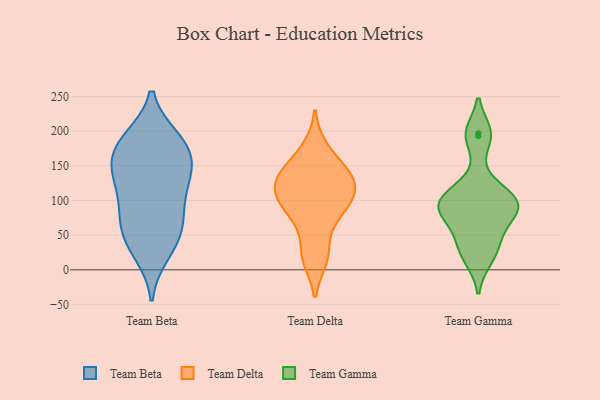
{"axis": {"x": "Inventory Turnover", "y": "Value"}, "legend": ["Team Beta", "Team Delta", "Team Gamma"], "data": [{"x": "", "y": 184, "type": "Team Beta"}, {"x": "", "y": 178, "type": "Team Beta"}, {"x": "", "y": 78, "type": "Team Beta"}, {"x": "", "y": 128, "type": "Team Beta"}, {"x": "", "y": 74, "type": "Team Beta"}, {"x": "", "y": 79, "type": "Team Beta"}, {"x": "", "y": 149, "type": "Team Beta"}, {"x": "", "y": 180, "type": "Team Beta"}, {"x": "", "y": 152, "type": "Team Beta"}, {"x": "", "y": 44, "type": "Team Beta"}, {"x": "", "y": 122, "type": "Team Beta"}, {"x": "", "y": 132, "type": "Team Beta"}, {"x": "", "y": 188, "type": "Team Beta"}, {"x": "", "y": 25, "type": "Team Beta"}, {"x": "", "y": 42, "type": "Team Beta"}, {"x": "", "y": 125, "type": "Team Delta"}, {"x": "", "y": 142, "type": "Team Delta"}, {"x": "", "y": 73, "type": "Team Delta"}, {"x": "", "y": 100, "type": "Team Delta"}, {"x": "", "y": 85, "type": "Team Delta"}, {"x": "", "y": 16, "type": "Team Delta"}, {"x": "", "y": 103, "type": "Team Delta"}, {"x": "", "y": 24, "type": "Team Delta"}, {"x": "", "y": 116, "type": "Team Delta"}, {"x": "", "y": 144, "type": "Team Delta"}, {"x": "", "y": 175, "type": "Team Delta"}, {"x": "", "y": 131, "type": "Team Delta"}, {"x": "", "y": 96, "type": "Team Gamma"}, {"x": "", "y": 100, "type": "Team Gamma"}, {"x": "", "y": 30, "type": "Team Gamma"}, {"x": "", "y": 89, "type": "Team Gamma"}, {"x": "", "y": 16, "type": "Team Gamma"}, {"x": "", "y": 98, "type": "Team Gamma"}, {"x": "", "y": 87, "type": "Team Gamma"}, {"x": "", "y": 70, "type": "Team Gamma"}, {"x": "", "y": 46, "type": "Team Gamma"}, {"x": "", "y": 197, "type": "Team Gamma"}, {"x": "", "y": 193, "type": "Team Gamma"}, {"x": "", "y": 121, "type": "Team Gamma"}]}